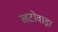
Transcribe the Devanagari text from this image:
खटोवाड़ा